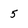
Character: 5